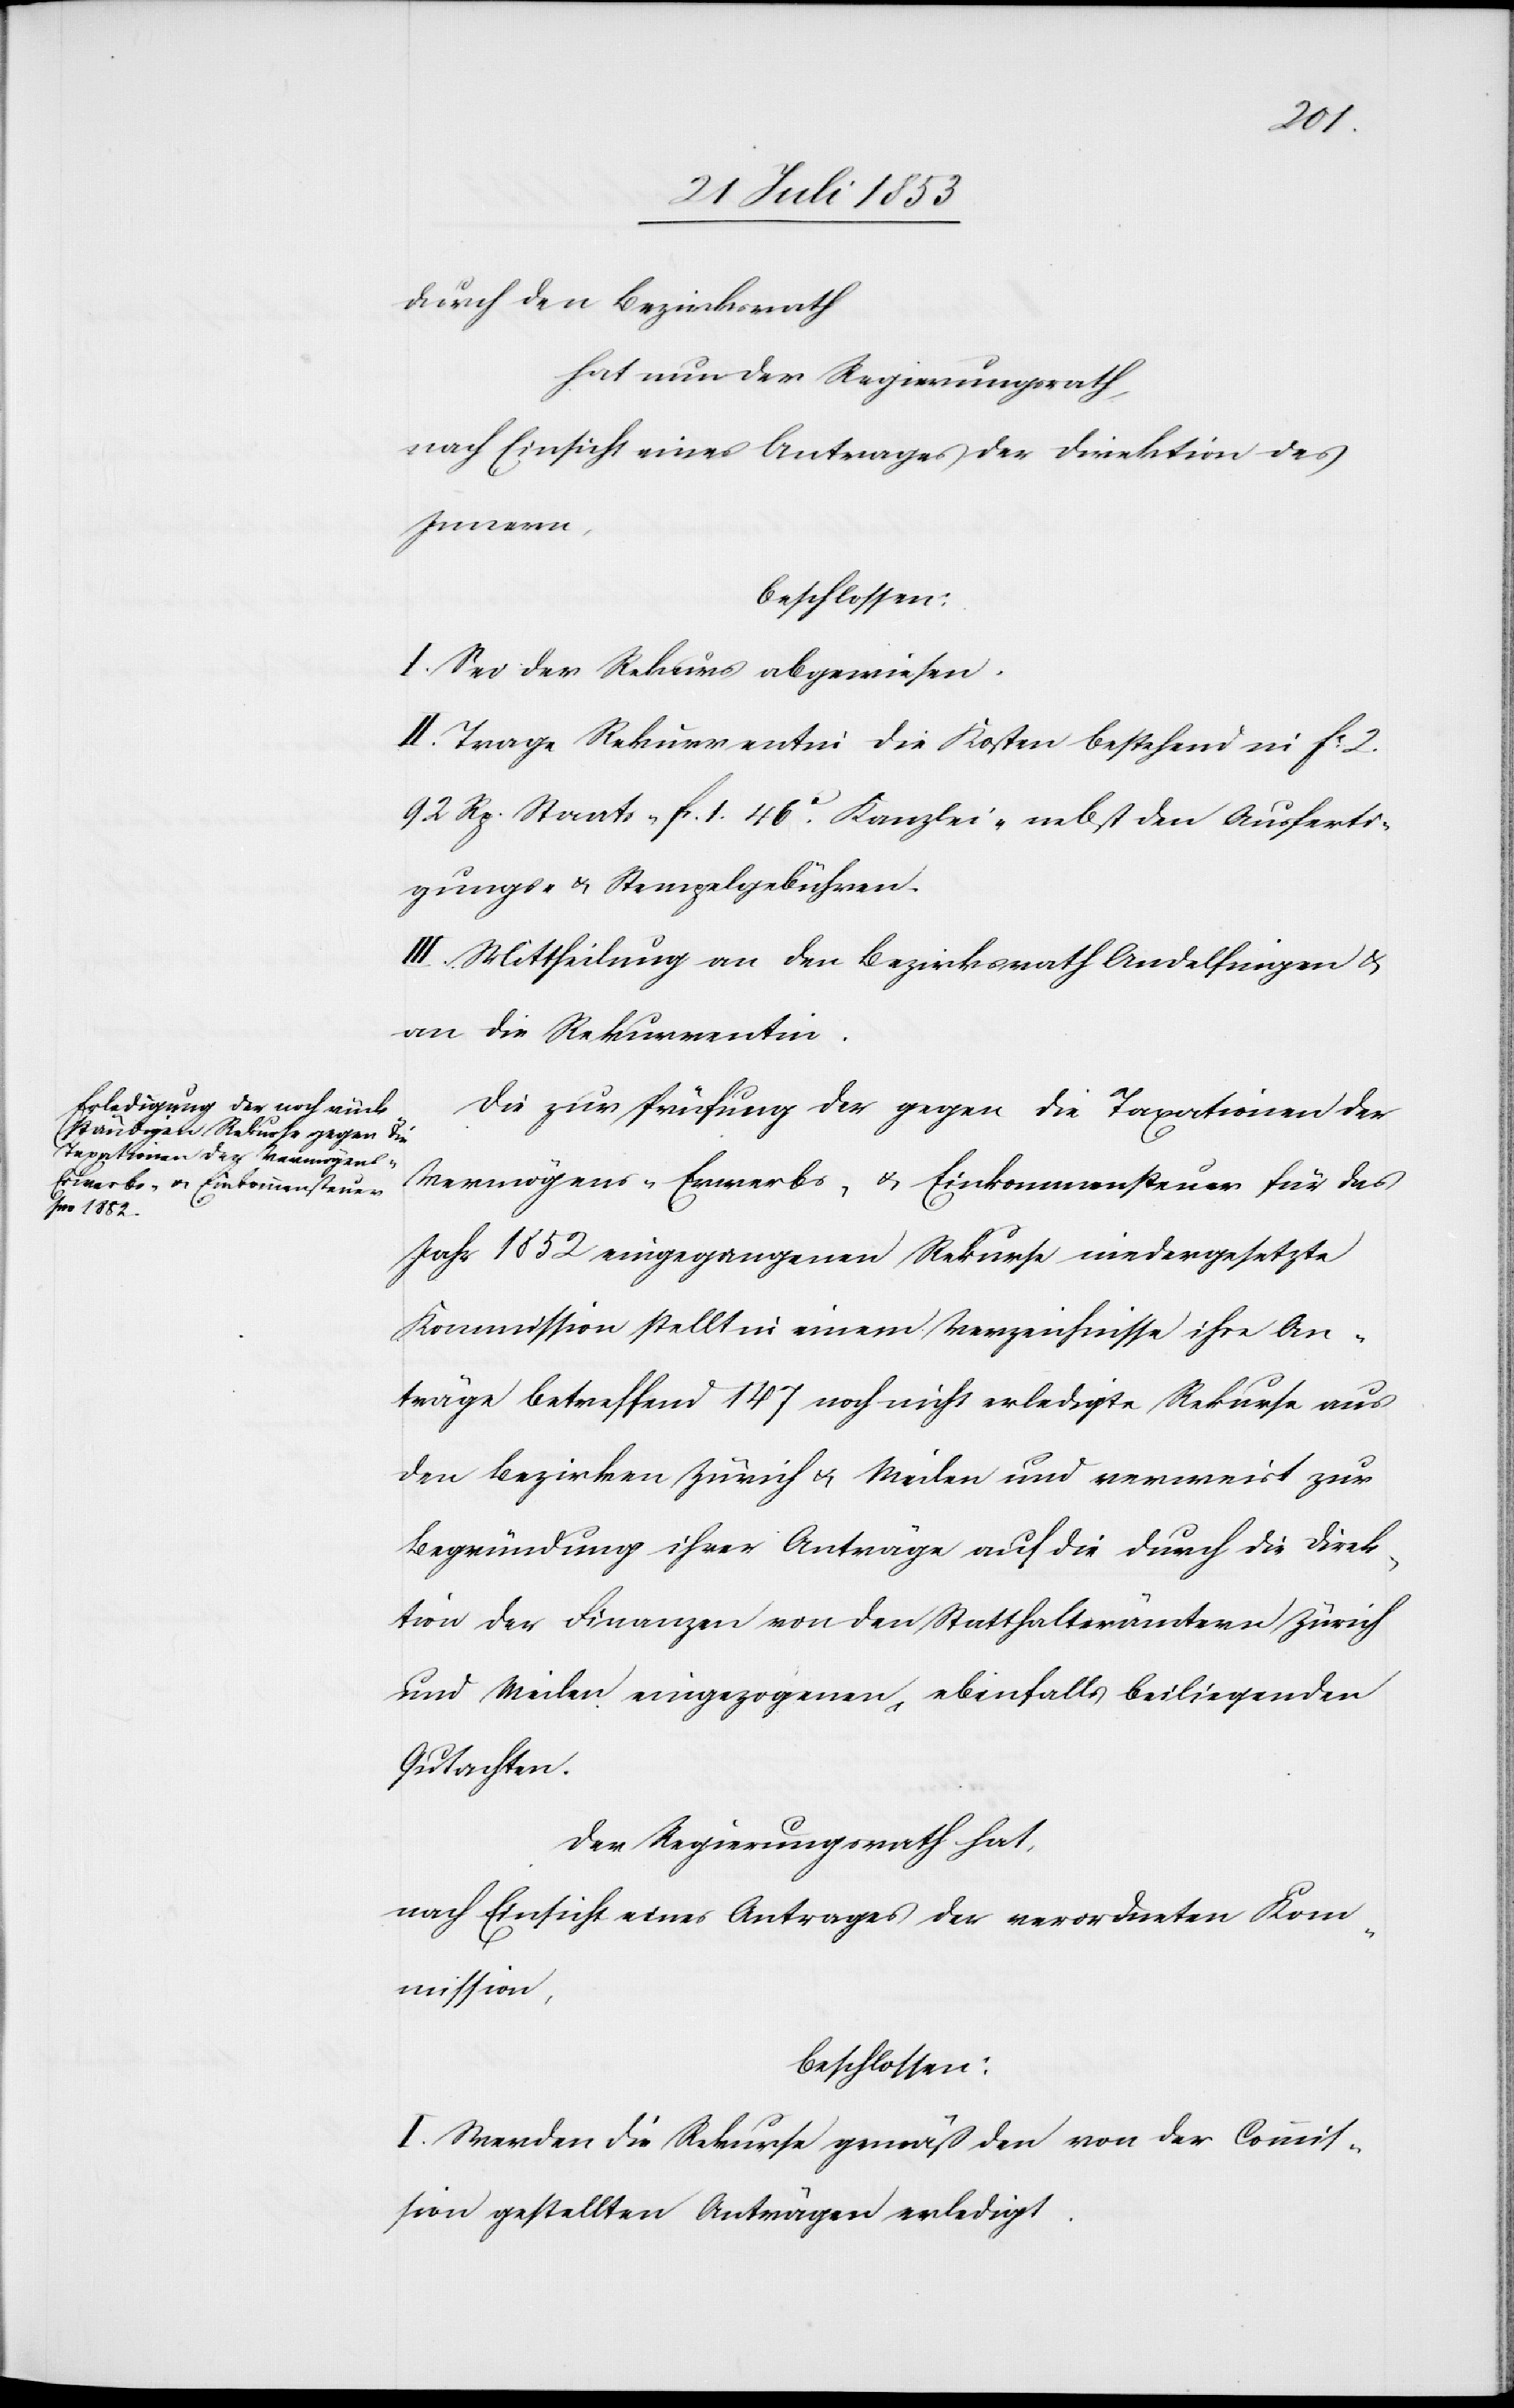
durch den Bezirksrath
hat nun der Regierungsrath,
nach Einsicht eines Antrages der Direktion des
Innern,
beschlossen:
I. Sei der Rekurs abgewiesen.
II. Trage Rekurrent die Kosten bestehend in fc 2.
92. Rp. Staats- fr. 1. 46c Kanzlei- nebst den Ausferti¬
gungs- u. Stempelgebühren.
III. Mittheilung an den Bezirksrath Andelfingen u.
an die Rekurrentin.
Die zur Prüfung der gegen die Taxationen der
Vermögens- Erwerbs- u. Einkommenssteuer für das
Jahr 1852 eingezogenen Rekurse niedergesetzte
Kommission stellt in einem Verzeichnisse ihre An¬
träge betreffend 147 noch nicht erledigte Rekurse aus
den Bezirken Zürich u. Meilen und verweist zur
Begründung ihrer Anträge auf die durch die Direk¬
tion der Finanzen von den Statthalterämtern Zürich
und Meilen eingezogenen, ebenfalls beiliegenden
Gutachten.
Der Regierungsrath hat,
nach Einsicht eines Antrages der verordneten Kom¬
mission,
beschlossen:
I. Werden die Rekurse gemäß den von der Commis¬
sion gestellten Anträgen erledigt.